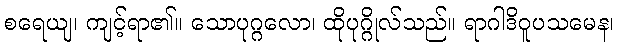
စရေယျ၊ ကျင့်ရာ၏။ သောပုဂ္ဂလော၊ ထိုပုဂ္ဂိုလ်သည်။ ရာဂါဒိဝူပသမေန၊